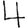
Digit: 4